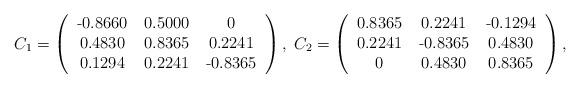
LaTeX: \begin{align*}C_1=\left(\begin{tabular}{ccc} -0.8660 & 0.5000 & 0 \\ 0.4830 & 0.8365 & 0.2241\\ 0.1294 & 0.2241 & -0.8365\end{tabular}\right),\;C_2=\left(\begin{tabular}{ccc} 0.8365 & 0.2241 & -0.1294 \\ 0.2241 & -0.8365 & 0.4830 \\ 0 & 0.4830 & 0.8365\end{tabular}\right),\end{align*}